King Institute of Preventive Medicine Micro-Biological Section reports 1909-11
Year: 1909
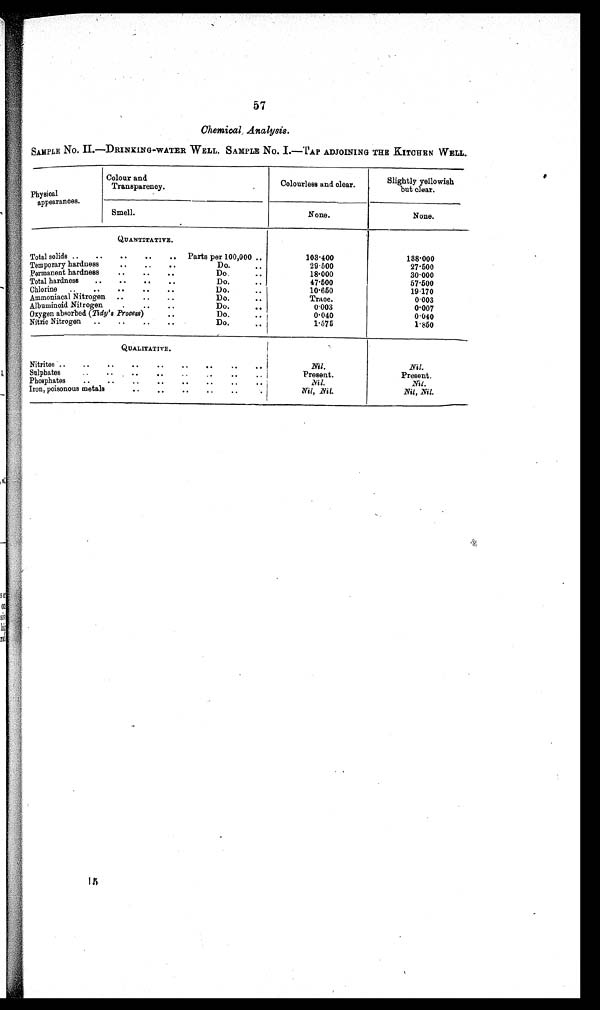
57
C h e m i c a l A n a l y s i s .
SAMPLE No. II.--DRINKING-WATER WELL. SAMPLE No. I.—. AP ADJOINING THE KITCHEN WELL..
Physical
Colour and
Transparency.
Colourless olourless and clear.
Slightly yellowish
but clear.
appearances.
Smell.
None.
None.
QUANTITATIVE.
Total solids ..
..
..
..
..
Parts per 100,000 ..
Temporary hardness
..
. .
. .
D o .
Permanent hardness
..
..
..
Do .
..
.
.
Total hardness
..
..
..
..
Do.
Chlorine
..
..
..
..
..
Do.
..
Ammoniacal Nitrogen ..
..
..
Do.
..
Albuminoid Nitrogen
..
.
. . . .
Do .
Oxygen absorbed (Tidy's Process)
..
00
Do.
Nitric
..
Nitrogen
. .
. . D o .
. .
103.40
29.500
18.000
47.500
10.650
Trace.
0.003
0.040
1.575
.
188.000
27.500
30.000
57.500
1 9 . 1 7 0
0 . 0 0 3
0.007
0.040
1.850
QUALITATIVE.
Nitrites ..
..
..
Su
..
..
..
..
..
. .
..
.
lphates
Phosphates
..
..
..
..
.
. . 00 ..
Iron, poisonous metals
. . . . .. ..
..
.
.
.
Nil.
Present.
Ail.
Nil, Nil.
Nil.
Present.
Nil.
Nil, Nil.
15